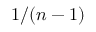
1 / ( n - 1 )